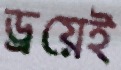
ড্রয়েই